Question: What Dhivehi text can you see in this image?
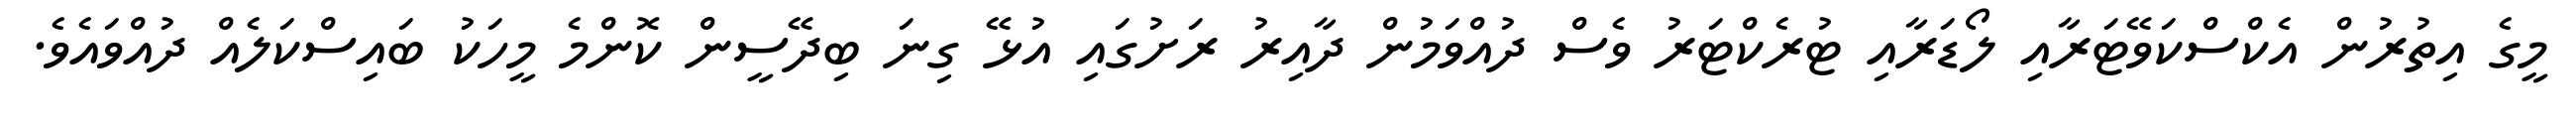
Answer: މީގެ އިތުރުން އެކްސްކަވޭޓަރާއި ލޯޑަރާއި ޓުރެކްޓަރު ވެސް ދުއްވަމުން ދާއިރު ރަށުގައި އުޅޭ ގިނަ ބިދޭސީން ކޮންމެ މީހަކު ބައިސްކަލެއް ދުއްވައެވެ.